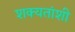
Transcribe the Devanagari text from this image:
शक्यतांशी